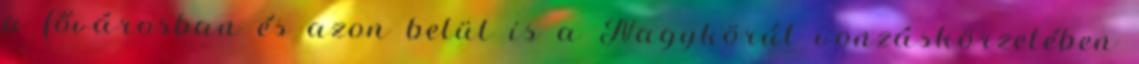
a fővárosban és azon belül is a Nagykörút vonzáskörzetében